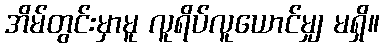
အိမ်တွင်းမှာမူ လူရိပ်လူယောင်မျှ မရှိ။